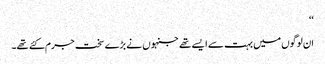
‘‘
ان لوگوں میں بہت سے ایسے تھے جنہوں نے بڑے سخت جرم کئے تھے۔